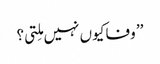
’’ وفا کیوں نہیں مِلتی؟